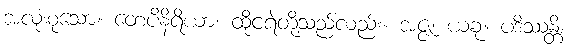
အလုံးစုံသော။ တေပိနိရိယာ၊ ထိုငရဲတို့သည်လည်း။ အဇ္ဇ၊ ယခု။ ပဒိဿန္တိ၊